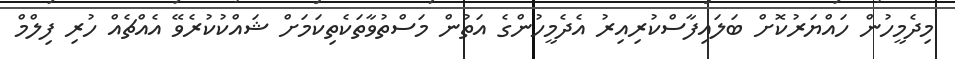
މިދެމީހުން ހައްޔަރުކޮށް ބަލައިފާސްކުރިއިރު އެދެމީހުންގެ އަތުން މަސްތުވާތަކެތިކަމަށް ޝައްކުކުރެވޭ އެއްޗެއް ހުރި ފިލްމް